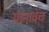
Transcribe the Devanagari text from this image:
मानावेच